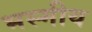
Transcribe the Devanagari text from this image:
भस्मीय